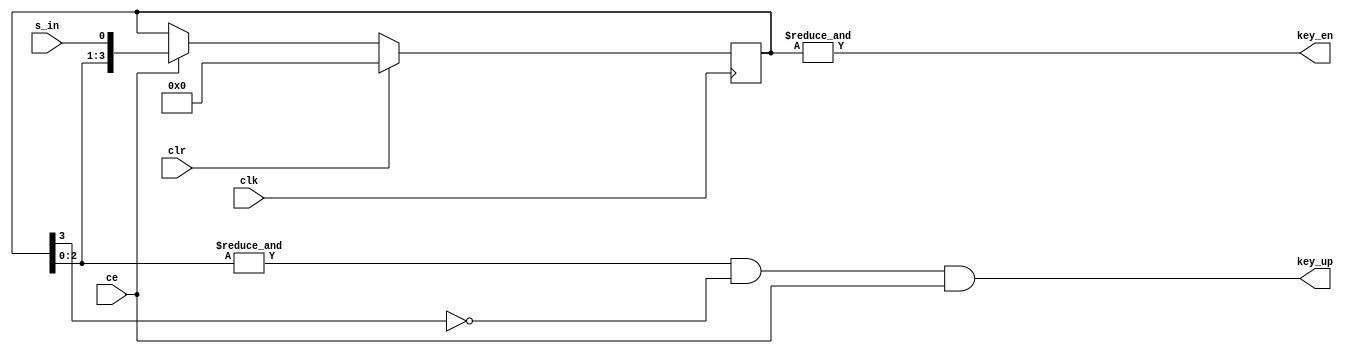
module debouncer #(
	parameter l_bit = 4
)
(
	input 			clk,
	input 			clr,
	input 			ce,
	input 			s_in,
	output 			key_en,
	output 			key_up
);
	
	reg [l_bit-1:0] p_out;
      
  always @(posedge clk)
	begin
		if(clr)
			p_out <= {l_bit{1'b0}};
		else
			if (ce)
				p_out <= {p_out[l_bit-2:0],s_in};
	end
				
	assign key_up = (&p_out[l_bit-2:0]) & ~p_out[l_bit-1] & ce;	
	assign key_en = (&p_out[l_bit-1:0]);
endmodule


//zadania:
//1 debouncer przelaczny (wykres czasowy 3)
//2 debouncer z repetycja (wykres czasowy 4)
//3 debouncer z repetycja ze zwloka (wykres czasowy 5)